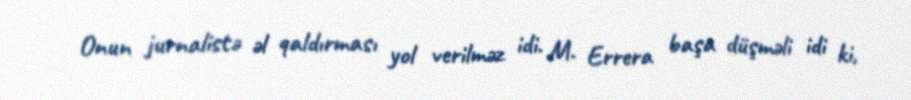
Onun jurnalistə əl qaldırması yol verilməz idi. M. Errera başa düşməli idi ki,